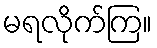
မရလိုက်ကြ။